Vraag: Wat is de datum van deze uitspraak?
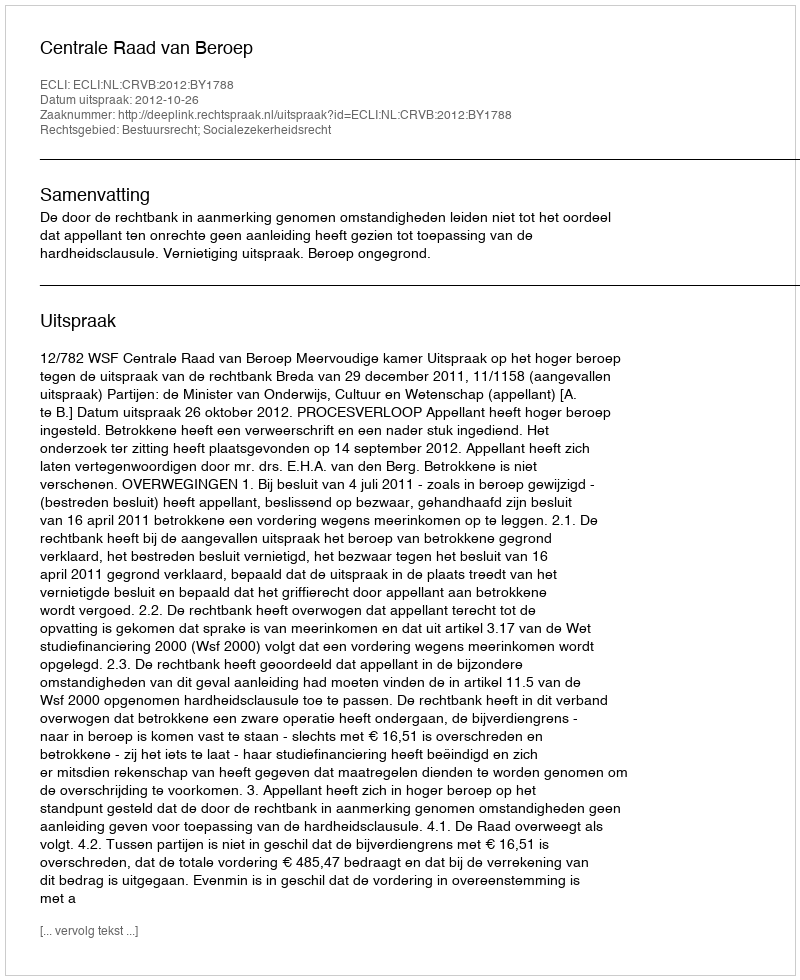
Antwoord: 2012-10-26